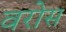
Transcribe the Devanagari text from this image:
वरोस